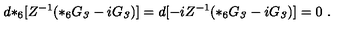
d { * _ { 6 } } [ Z ^ { - 1 } ( * _ { 6 } G _ { \it 3 } - i G _ { \it 3 } ) ] = d [ - i Z ^ { - 1 } ( * _ { 6 } G _ { \it 3 } - i G _ { \it 3 } ) ] = 0 \ .